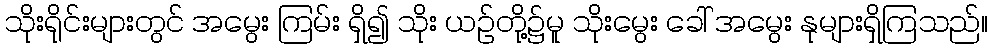
သိုးရိုင်းများတွင် အမွေး ကြမ်း ရှိ၍ သိုး ယဉ်တို့၌မူ သိုးမွေး ခေါ် အမွေး နုများရှိကြသည်။